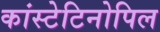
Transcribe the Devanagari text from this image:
कांस्टेटिनोपिल